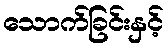
သောက်ခြင်းနှင့်